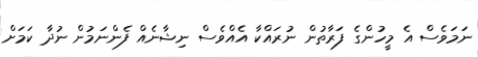
ނަމަވެސް އެ މީހުންގެ ފަރާތުން ނުރައްކާ އެއްވެސް ނިޝާނެއް ފެންނަމުން ނުދާ ކަމަށް